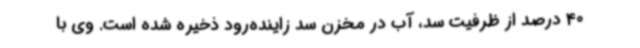
40 درصد از ظرفیت سد، آب در مخزن سد زاینده‌رود ذخیره شده است. وی با